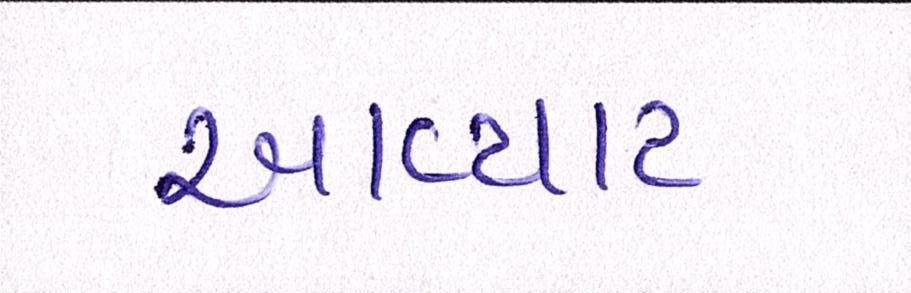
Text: આવ્યાટ